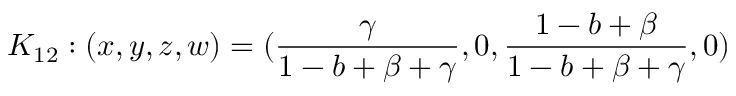
K _ { 1 2 } : ( x , y , z , w ) = ( \frac { \gamma } { 1 - b + \beta + \gamma } , 0 , \frac { 1 - b + \beta } { 1 - b + \beta + \gamma } , 0 )